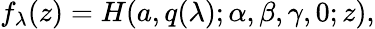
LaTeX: \begin{array}{r}{f_{\lambda}(z)=H(a,q(\lambda);\alpha,\beta,\gamma,0;z),}\end{array}